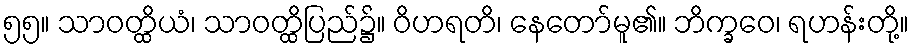
၅၅။ သာဝတ္ထိယံ၊ သာဝတ္ထိပြည်၌။ ဝိဟရတိ၊ နေတော်မူ၏။ ဘိက္ခဝေ၊ ရဟန်းတို့။